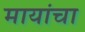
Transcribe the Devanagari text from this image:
मायांचा